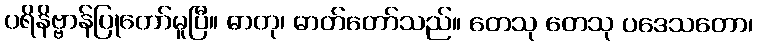
ပရိနိဗ္ဗာန်ပြုတော်မူပြီ။ ဓာတု၊ ဓာတ်တော်သည်။ တေသု တေသု ပဒေသတော၊